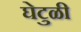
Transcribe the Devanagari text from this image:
घेटुळी